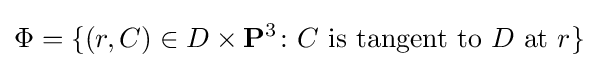
\Phi =\{(r,C)\in D\times \mathbf {P} ^{3}\colon C{\text{ is tangent to }}D{\text{ at }}r\}